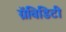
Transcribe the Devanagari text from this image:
ग्रॅविडिटी